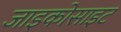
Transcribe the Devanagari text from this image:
जाइकोसाइट